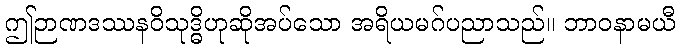
ဤဉာဏဒဿနဝိသုဒ္ဓိဟုဆိုအပ်သော အရိယမဂ်ပညာသည်။ ဘာဝနာမယီ